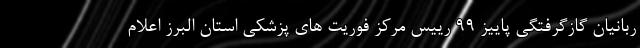
ربانیان گازگرفتگی پاییز ۹۹ رییس مرکز فوریت های پزشکی استان البرز اعلام